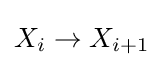
X_{i}\to X_{i+1}